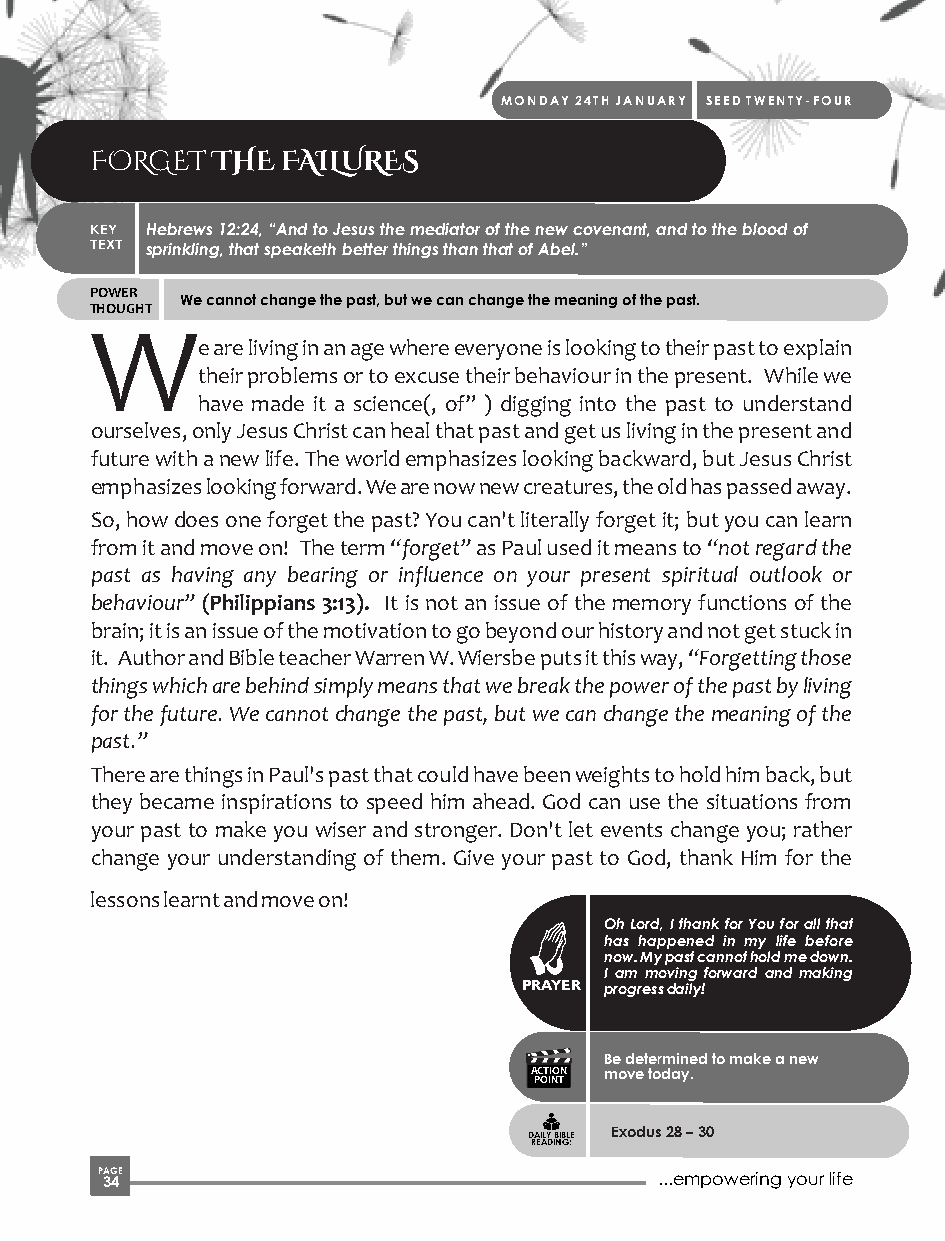
MONDAY 24TH JANUARY SEED TWENTY-FOUR
 FORGET  THE  FAILURES
 KEY Hebrews 12:24, “And to Jesus the mediator of the new covenant, and to the blood of
 TEXT sprinkling, that speaketh better things than that of Abel.”
 POWER
 We cannot change the past, but we can change the meaning of the past.
 THOUGHT
 W
 e are living in an age where everyone is looking to their past to explain
 their problems or to excuse their behaviour in the present. While we
 have made it a science(, of” ) digging into the past to understand
 ourselves, only Jesus Christ can heal that past and get us living in the present and
 future with a new life. The world emphasizes looking backward, but Jesus Christ
 emphasizes looking forward. We are now new creatures, the old has passed away.
 So, how does one forget the past? You can't literally forget it; but you can learn
 from it and move on! The term “forget” as Paul used it means to “not regard the
 past as having any bearing or influence on your present spiritual outlook or
 behaviour” (Philippians 3:13). It is not an issue of the memory functions of the
 brain; it is an issue of the motivation to go beyond our history and not get stuck in
 it. Author and Bible teacher Warren W. Wiersbe puts it this way, “Forgetting those
 things which are behind simply means that we break the power of the past by living
 for the future. We cannot change the past, but we can change the meaning of the
 past.”
 There are things in Paul's past that could have been weights to hold him back, but
 they became inspirations to speed him ahead. God can use the situations from
 your past to make you wiser and stronger. Don't let events change you; rather
 change your understanding of them. Give your past to God, thank Him for the
 lessons learnt and move on!
 Oh Lord, I thank for You for all that
 has happened in my life before
 now. My past cannot hold me down.
 I am moving forward and making
 PRAYER progress daily!
 Be determined to make a new
 ACTION move today.
 POINT
 Exodus 28 – 30
 DAILY BIBLE
 READING:
 P 3AG 4E                              ...empowering your life